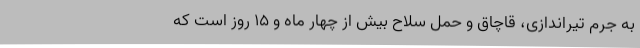
به جرم تیراندازی، قاچاق و حمل سلاح بیش از چهار ماه و ۱۵ روز است که